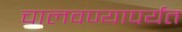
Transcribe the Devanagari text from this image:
चालवण्यापर्यंत